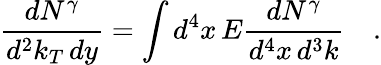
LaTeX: \frac{dN^{\gamma}}{d^{2}k_{T}\, dy}=\int d^{4}x\, E\frac{dN^{\gamma}}{d^{4}x\, d^{3}k}\quad.